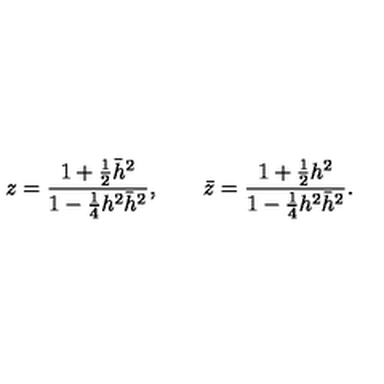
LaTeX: z = { \frac { 1 + { \frac { 1 } { 2 } } \bar { h } ^ { 2 } } { 1 - { \frac { 1 } { 4 } } h ^ { 2 } \bar { h } ^ { 2 } } } , \qquad \bar { z } = { \frac { 1 + { \frac { 1 } { 2 } } h ^ { 2 } } { 1 - { \frac { 1 } { 4 } } h ^ { 2 } \bar { h } ^ { 2 } } } .